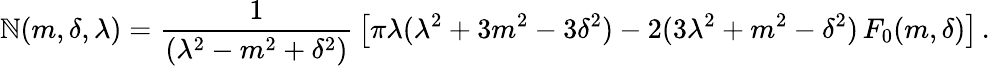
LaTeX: \mathbb{N}(m,\delta,\lambda)={\frac{{1}}{{(\lambda^{2}-m^{2}+\delta^{2})}}}\left[\pi\lambda(\lambda^{2}+3m^{2}-3\delta^{2})-2(3\lambda^{2}+m^{2}-\delta^{2})\, F_{0}(m,\delta)\right]\, .